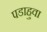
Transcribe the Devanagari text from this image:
पडाहुवा